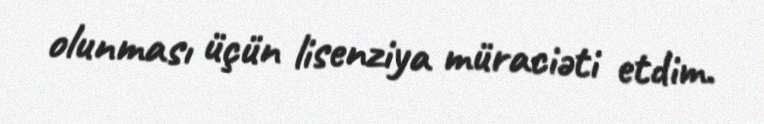
olunması üçün lisenziya müraciəti etdim.